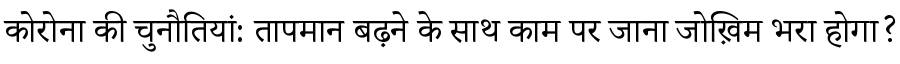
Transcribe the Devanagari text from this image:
कोरोना की चुनौतियां: तापमान बढ़ने के साथ काम पर जाना जोख़िम भरा होगा?